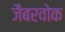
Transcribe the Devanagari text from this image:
जैबरवोक